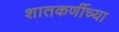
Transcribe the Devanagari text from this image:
शातकर्णीच्या